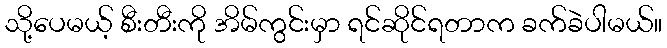
သို့ပေမယ့် စီးတီးကို အိမ်ကွင်းမှာ ရင်ဆိုင်ရတာက ခက်ခဲပါမယ်။